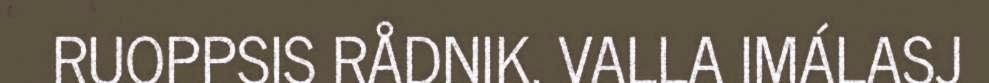
RUOPPSIS RÅDNIK. VALLA IMÁLASJ